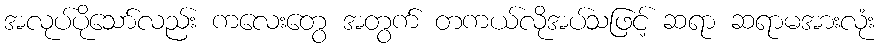
အလုပ်ပိုသော်လည်း ကလေးတွေ အတွက် တကယ်လိုအပ်သဖြင့် ဆရာ ဆရာမအားလုံး